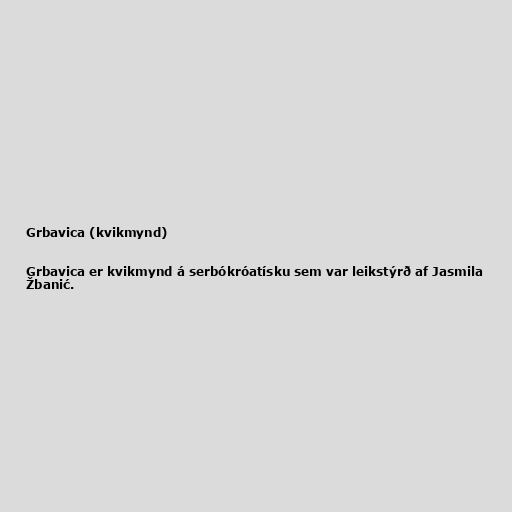
Grbavica (kvikmynd)

Grbavica er kvikmynd á serbókróatísku sem var leikstýrð af Jasmila
Žbanić.